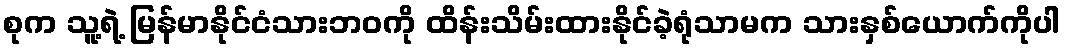
စုက သူ့ရဲ့ မြန်မာနိုင်ငံသားဘဝကို ထိန်းသိမ်းထားနိုင်ခဲ့ရုံသာမက သားနှစ်ယောက်ကိုပါ